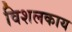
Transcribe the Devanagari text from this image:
विशलकाय